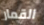
القمار